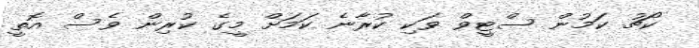
ކޯޗު ކަމުން ސްޓީވް ވަކި ކުރާނެ ކަމަށް މީގެ ކުރިން ވެސް އޮތީ